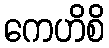
ကေဟိစိ